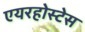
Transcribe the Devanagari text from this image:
एयरहोस्टेस